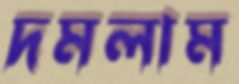
দমলাম